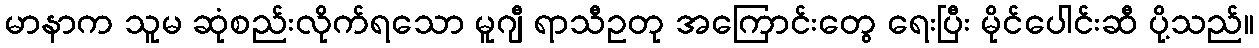
မာနာက သူမ ဆုံစည်းလိုက်ရသော မူဂျီ ရာသီဥတု အကြောင်းတွေ ရေးပြီး မိုင်ပေါင်းဆီ ပို့သည်။